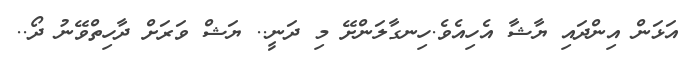
އަޅަން އިންދައި ޔާޝާ އެހިއެވެ.ހިނގާލަންށޭ މި ދަނީ.. ޔަޝް ވަރަށް ދާހިތްވޭނު ދޯ..